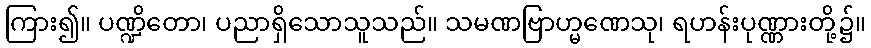
ကြား၍။ ပဏ္ဍိတော၊ ပညာရှိသောသူသည်။ သမဏဗြာဟ္မဏေသု၊ ရဟန်းပုဏ္ဏားတို့၌။